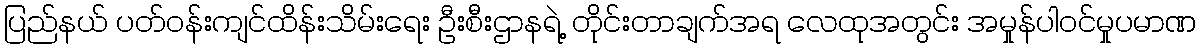
ပြည်နယ် ပတ်ဝန်းကျင်ထိန်းသိမ်းရေး ဦးစီးဌာနရဲ့ တိုင်းတာချက်အရ လေထုအတွင်း အမှုန်ပါဝင်မှုပမာဏ